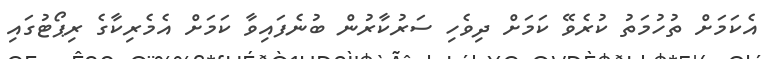
އެކަމަށް ތުހުމަތު ކުރެވޭ ކަމަށް ދިވެހި ސަރުކާރުން ބުނެފައިވާ ކަމަށް އެމެރިކާގެ ރިޕޯޓުގައި